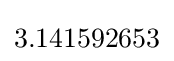
3.141592653